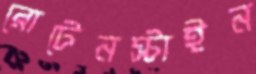
রোটেনস্টাইন